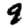
Digit: 9